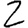
Digit: 2